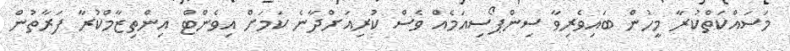
މަސައްކަތްކުރާ މީހުން ބައިވެރިވާ ސިންޕޯސިއަމެއް ވެސް ކުރިއަށްދާނެ ކަމަށް އިވެންޓް އިންތިޒާމްކުރާ ފަރާތުން